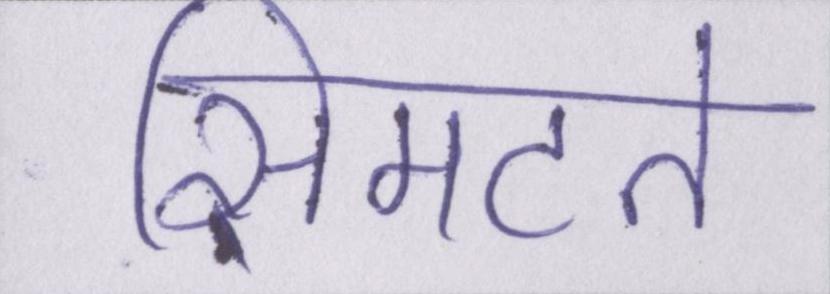
सिमटते